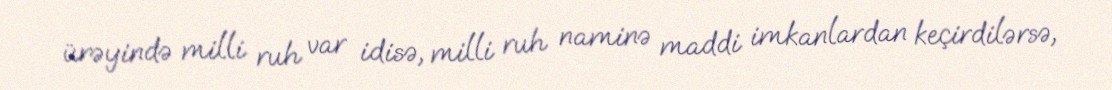
ürəyində milli ruh var idisə, milli ruh naminə maddi imkanlardan keçirdilərsə,